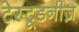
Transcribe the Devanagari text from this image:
टेस्टूडनीज़